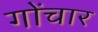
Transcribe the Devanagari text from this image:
गोंचार